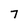
Character: 7